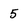
Character: 5